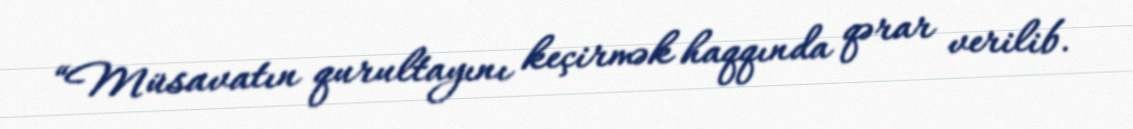
“Müsavatın qurultayını keçirmək haqqında qərar verilib.